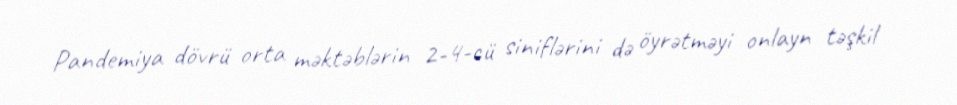
Pandemiya dövrü orta məktəblərin 2-4-cü siniflərini də öyrətməyi onlayn təşkil